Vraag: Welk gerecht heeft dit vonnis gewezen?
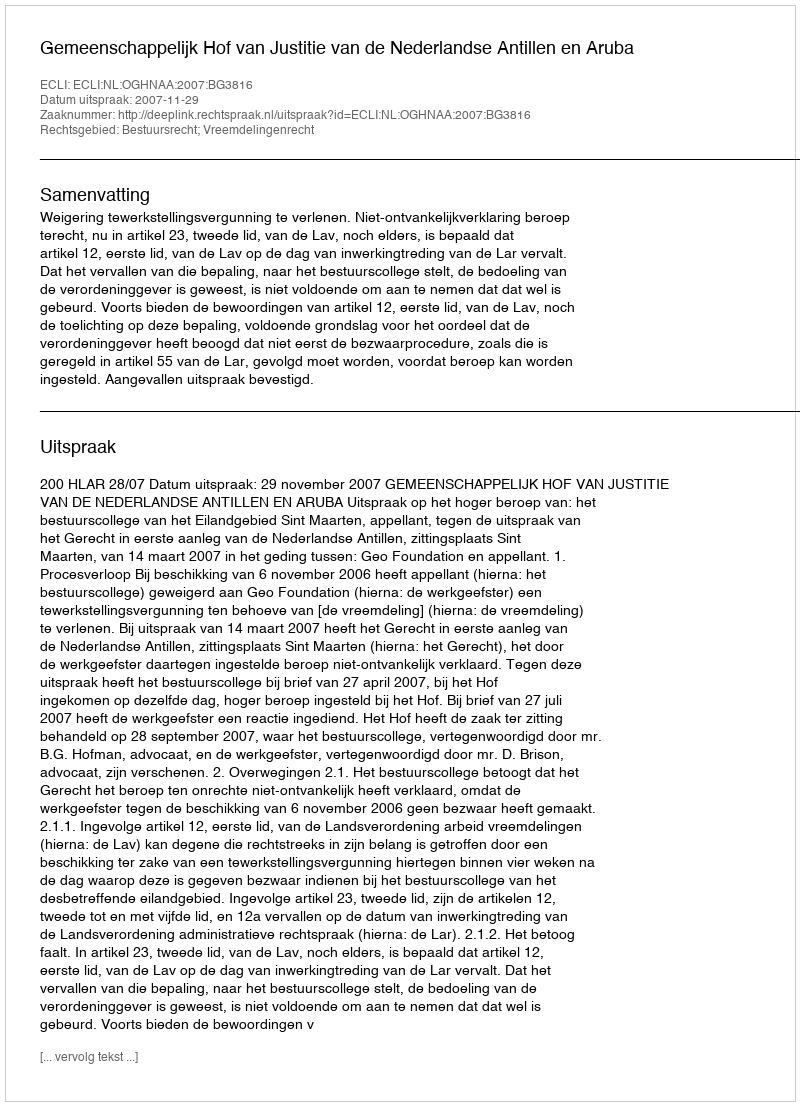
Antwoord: Gemeenschappelijk Hof van Justitie van de Nederlandse Antillen en Aruba